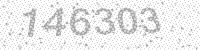
Solution: 146303